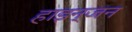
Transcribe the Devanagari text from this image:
हाइन्जन